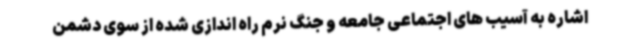
اشاره به آسیب های اجتماعی جامعه و جنگ نرم راه اندازی شده از سوی دشمن